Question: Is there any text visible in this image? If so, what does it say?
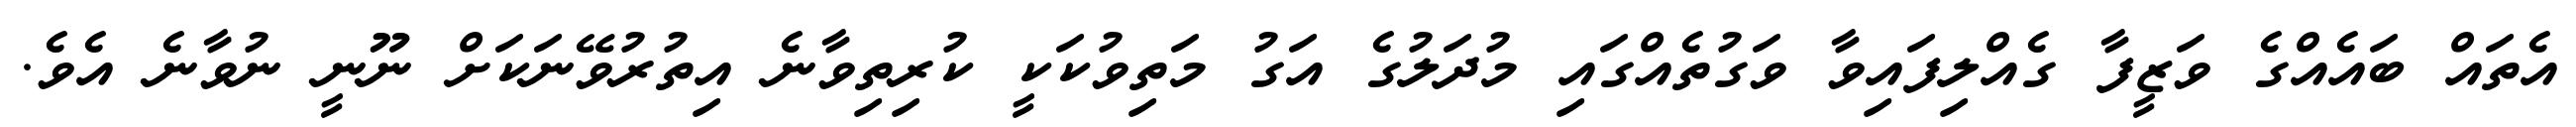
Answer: އެތައް ބައެއްގެ ވަޒީފާ ގެއްލިފައިވާ ވަގުތެއްގައި މުދަލުގެ އަގު މަތިވުކަކީ ކުރިތިވާނެ އިތުރުވޭނަކަށް ނޫނީ ނުވާނެ އެވެ.